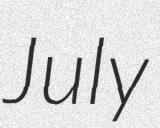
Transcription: July